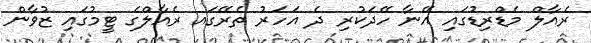
ރެއާލް މެޑްރިޑުގައި އޭނާ ހޭދަކުރި ދެ އަހަރު ތެރޭގައ ރެއާލްގެ ޓީމުގައި ޒުވާން